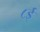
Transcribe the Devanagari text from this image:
८ई